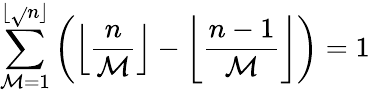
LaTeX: \sum_{\mathcal{M}=1}^{\lfloor{\sqrt{}{{n}}}\rfloor}\left(\left\lfloor{\frac{{n}}{{\mathcal{M}}}}\right\rfloor-\left\lfloor{\frac{{n-1}}{{\mathcal{M}}}}\right\rfloor\right)=1